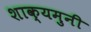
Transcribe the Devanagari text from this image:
शाक्यमुनी